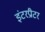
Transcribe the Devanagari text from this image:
इंटरप्रीटर